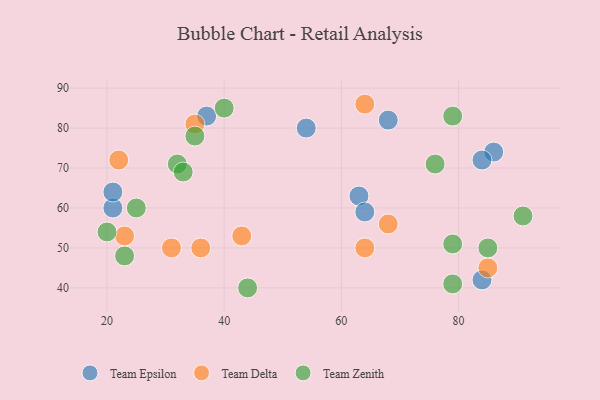
{"axis": {"x": "GDP", "y": "Life Expectancy"}, "legend": ["Team Delta", "Team Epsilon", "Team Zenith"], "data": [{"x": "84", "y": 42, "type": "Team Epsilon"}, {"x": "54", "y": 80, "type": "Team Epsilon"}, {"x": "68", "y": 82, "type": "Team Epsilon"}, {"x": "63", "y": 63, "type": "Team Epsilon"}, {"x": "21", "y": 60, "type": "Team Epsilon"}, {"x": "86", "y": 74, "type": "Team Epsilon"}, {"x": "64", "y": 59, "type": "Team Epsilon"}, {"x": "84", "y": 72, "type": "Team Epsilon"}, {"x": "37", "y": 83, "type": "Team Epsilon"}, {"x": "21", "y": 64, "type": "Team Epsilon"}, {"x": "35", "y": 81, "type": "Team Delta"}, {"x": "68", "y": 56, "type": "Team Delta"}, {"x": "85", "y": 45, "type": "Team Delta"}, {"x": "64", "y": 50, "type": "Team Delta"}, {"x": "64", "y": 86, "type": "Team Delta"}, {"x": "31", "y": 50, "type": "Team Delta"}, {"x": "36", "y": 50, "type": "Team Delta"}, {"x": "43", "y": 53, "type": "Team Delta"}, {"x": "22", "y": 72, "type": "Team Delta"}, {"x": "23", "y": 53, "type": "Team Delta"}, {"x": "20", "y": 54, "type": "Team Zenith"}, {"x": "32", "y": 71, "type": "Team Zenith"}, {"x": "79", "y": 83, "type": "Team Zenith"}, {"x": "40", "y": 85, "type": "Team Zenith"}, {"x": "35", "y": 78, "type": "Team Zenith"}, {"x": "25", "y": 60, "type": "Team Zenith"}, {"x": "91", "y": 58, "type": "Team Zenith"}, {"x": "79", "y": 41, "type": "Team Zenith"}, {"x": "33", "y": 69, "type": "Team Zenith"}, {"x": "79", "y": 51, "type": "Team Zenith"}, {"x": "23", "y": 48, "type": "Team Zenith"}, {"x": "44", "y": 40, "type": "Team Zenith"}, {"x": "85", "y": 50, "type": "Team Zenith"}, {"x": "76", "y": 71, "type": "Team Zenith"}]}